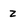
Character: 2